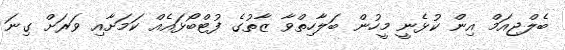
ބެލްޖިއަމް އިން ކުޅެނީ މީހުން ބަލާހިތްވާ ޒާތުގެ ފުޓްބޯޅައެއް ކަމަށާއި ވަރަށް ގިނަ